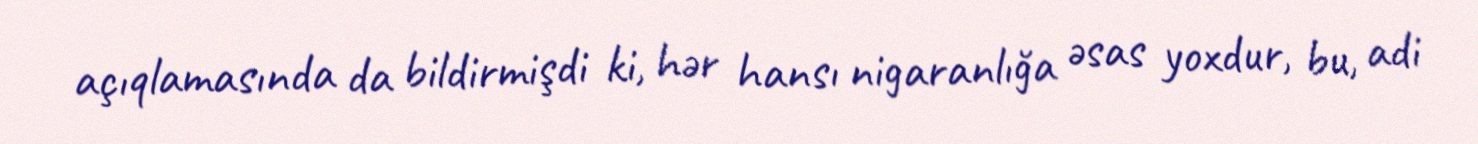
açıqlamasında da bildirmişdi ki, hər hansı nigaranlığa əsas yoxdur, bu, adi